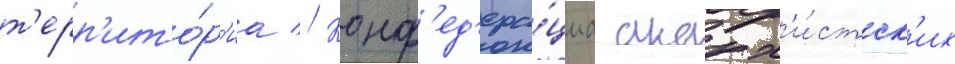
т'ерр'ито́р'иа // Конф'ед'ера́циа анарх'и́стск'их